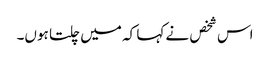
اس شخص نے کہا کہ میں چلتا ہوں۔